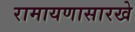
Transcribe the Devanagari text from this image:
रामायणासारखे